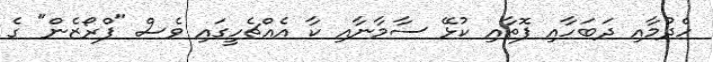
ހެދުމާއި ދަބަހާއި ފޮތާއި ކުޅޭ ސާމާނާއި ކާ އެއްޗެހީގައި ވެސް "ފްރޯޒެން" ގެ